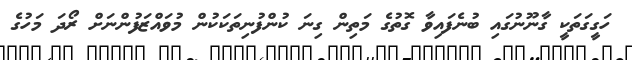
ހަގީގަތަކީ ގާނޫނުގައި ބުނެފައިވާ ގޮތުގެ މަތިން ގިނަ ކުންފުނިތަކަކުން މުވައްޒަފުންނަށް ރޯދަ މަހުގެ